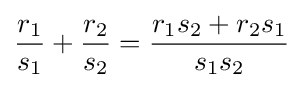
{\frac {r_{1}}{s_{1}}}+{\frac {r_{2}}{s_{2}}}={\frac {r_{1}s_{2}+r_{2}s_{1}}{s_{1}s_{2}}}